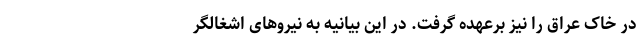
در خاک عراق را نیز برعهده گرفت. در این بیانیه به نیروهای اشغالگر